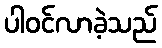
ပါဝင်လာခဲ့သည်